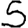
Digit: 5